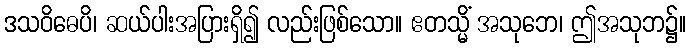
ဒသဝိဓေပိ၊ ဆယ်ပါးအပြားရှိ၍ လည်းဖြစ်သော။ ဧတသ္မိံ အသုဘေ၊ ဤအသုဘ၌။